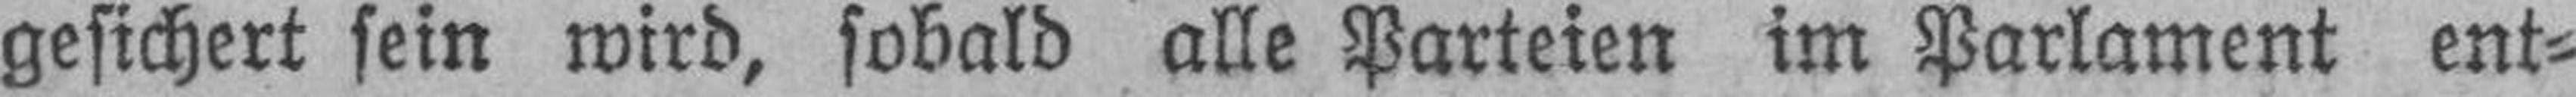
gesichert sein wird, sobald alle Parteien im Parlament ent¬